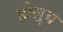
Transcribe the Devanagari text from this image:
होलुब